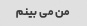
من می بینم